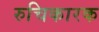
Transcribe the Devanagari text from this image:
रुचिकारक